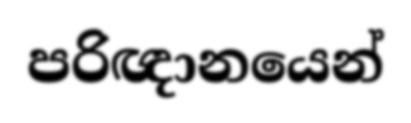
පරිඥානයෙන්